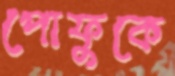
পোফুকে